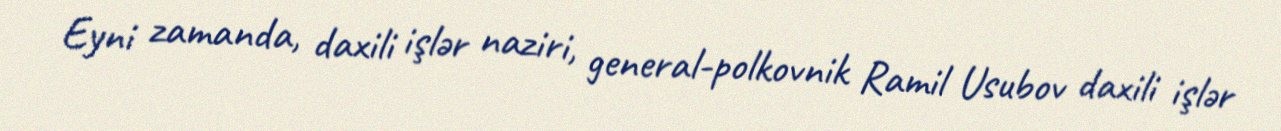
Eyni zamanda, daxili işlər naziri, general-polkovnik Ramil Usubov daxili işlər